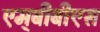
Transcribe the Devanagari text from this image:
एम्‌बीबीएस